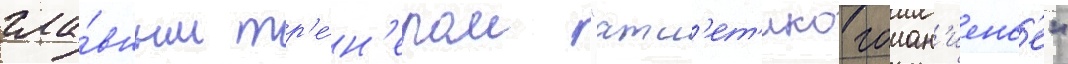
гла́вным тр'е́н'ером "атл'ет'ико гоиан'иенс'е"